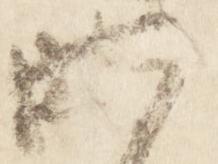
昨